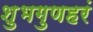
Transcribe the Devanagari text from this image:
शुभगुणहरं